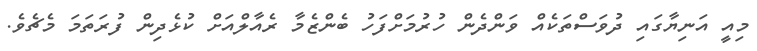
މިއީ އަނިޔާގައި ދުވަސްތަކެއް ވަންދެން ހުރުމަށްފަހު ބެންޒެމާ ރެއާލްއަށް ކުޅެދިން ފުރަތަމަ މެޗެވެ.